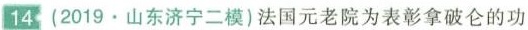
14(2019·山东济宁二模)法国元老院为表彰拿破仑的功